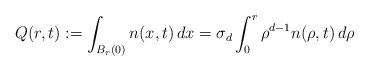
LaTeX: \begin{align*}Q(r,t):=\int_{B_{r}(0)}n(x,t) \,dx=\sigma_{d}\int_{0}^{r}\rho^{d-1} n(\rho,t)\,d\rho\end{align*}